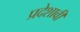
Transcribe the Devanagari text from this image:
प्रदेशावी